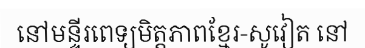
នៅមន្ទីរពេទ្យមិត្តភាពខ្មែរ-សូវៀត នៅ